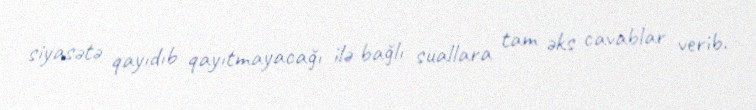
siyasətə qayıdıb qayıtmayacağı ilə bağlı suallara tam əks cavablar verib.